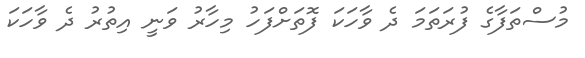
މުސްތަފާގެ ފުރަތަމަ ދެ ވާހަކަ ފޮތަށްފަހު މިހާރު ވަނީ އިތުރު ދެ ވާހަކަ